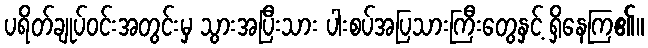
ပရိတ်ချုပ်ဝင်းအတွင်းမှ သွားအပြီးသား ပါးစပ်အပြသားကြီးတွေနှင့် ရှိနေကြ၏။